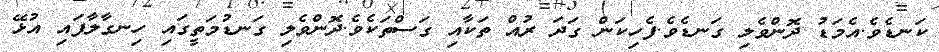
ކަނޑެވެ.އެމަޑު ދޮންވެލި ގަނޑެވެ.ފެހިކަން ގަދަ ރުއް ތަކާއި ގަސްތަކެވެ.ދޮންވެލި ގަނޑުމަތީގައި ހިނގާލާފައި އުޅޭ